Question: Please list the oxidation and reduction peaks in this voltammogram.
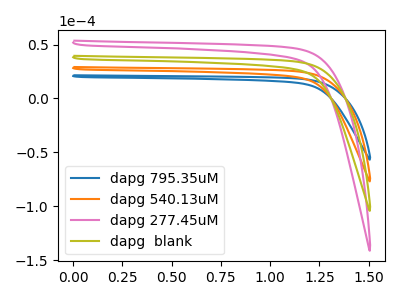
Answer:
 <answer>The blue curve "dapg 795.35uM" has no peaks. The orange curve "dapg 540.13uM" has no peaks. The pink curve "dapg 277.45uM" has no peaks. The olive curve "dapg  blank" has no peaks.</answer>
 <eval></eval>